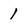
Character: 1